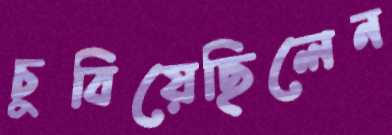
চুবিয়েছিলেন